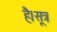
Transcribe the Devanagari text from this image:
है।सूत्र